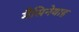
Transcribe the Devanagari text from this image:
मैसिनेयाह